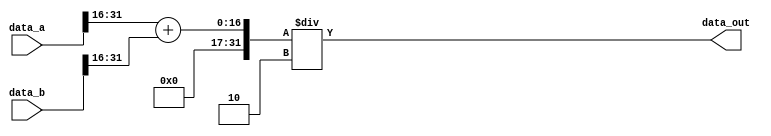
module half_overlap(data_a,data_b,data_out);
	
	input [31:0]data_a;
	input [31:0] data_b;
	output [31:0]data_out;
	
	wire [31:0] jumlah;
	
	assign jumlah = data_a[31:16] + data_b[31:16];
	
	assign data_out = jumlah / 2;
	
	
endmodule